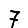
Digit: 7